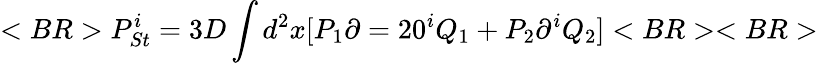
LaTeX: <BR>P_{St}^{i}=3D\int d^{2}x[P_{1}\partial=20^{i}Q_{1}+P_{2}\partial^{i}Q_{2}]<BR><BR>